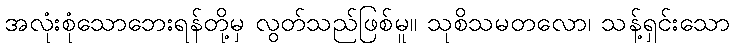
အလုံးစုံသောဘေးရန်တို့မှ လွတ်သည်ဖြစ်မူ။ သုစိသမတလော၊ သန့်ရှင်းသော